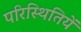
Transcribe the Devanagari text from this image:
परिस्थितियें